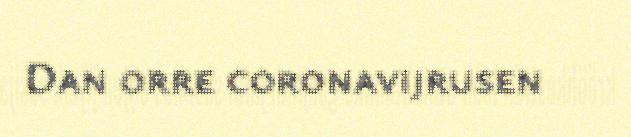
Dan orre coronavijrusen